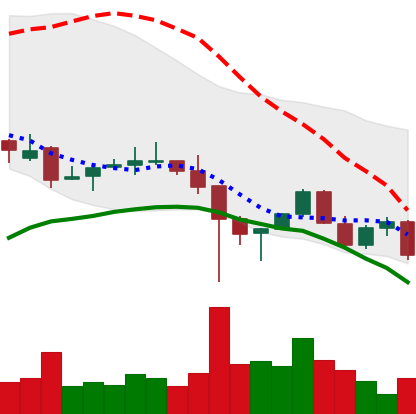
Ticker: LINK-USD
Chart end date: 2021-12-13
Forward return: 9.808%
Label: up_7plus